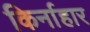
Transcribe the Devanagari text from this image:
किर्नाहार